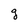
Character: g